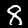
Label: 8